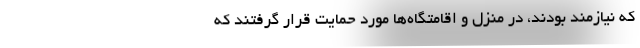
که نیازمند بودند، در منزل و اقامتگاه‌ها مورد حمایت قرار گرفتند که